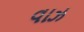
વાઝ